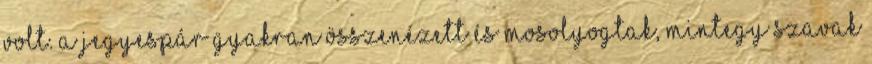
volt. A jegyespár gyakran összenézett és mosolyogtak, mintegy szavak